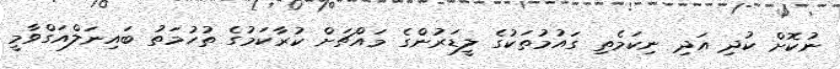
ނުކޮށް ކުދި އަދި ނިކަމެތި ގައުމުތަކުގެ ލީޑަރުންގެ މައްޗަށް ކުރާކަމުގެ ތުހުމަތު ބައިނަލްއަގްވާމީ